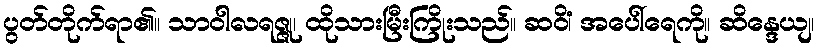
ပွတ်တိုက်ရာ၏။ သာဝါလရဇ္ဇု၊ ထိုသားမြီးကြိုးသည်။ ဆဝိံ၊ အပေါ်ရေကို။ ဆိန္ဒေယျ၊